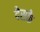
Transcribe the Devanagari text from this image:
देसके